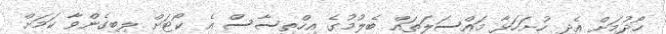
ހޯދުމަށް އެދި ހުށަހަޅާ މައްސަލަތައް ބެލުމުގެ އިހްތިސާސް އެ ކޯޓަށް ލިބިގެންވާ ކަމަށް